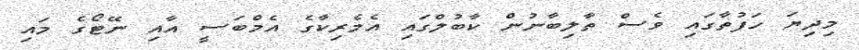
މިދިޔަ ހަފުތާގައި ވެސް ތާލިބާނުން ކާބުލްގައި އެމެރިކާގެ އެމްބަސީ އާއި ނޭޓޯގެ މައި